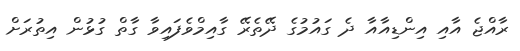
ރާއްޖެ އާއި އިންޑިއާއާ ދެ ގައުމުގެ ދޭތެރޭ ގާއިމްވެފައިވާ ގާތް ގުޅުން އިތުރަށް